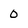
Character: 0